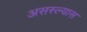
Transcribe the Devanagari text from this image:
असस्ल्यास